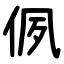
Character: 㑉